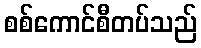
စစ်ကောင်စီတပ်သည်